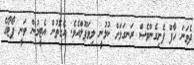
ދެވަނަ ހާފް ފެށިގެންވެސް ރަނގަޅަށް ކުޅުނީ ލިވަޕޫލްއެވެ. އެގޮތުން އެޓީމުން ވަނީ ޕޯޓޯގެ